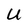
Character: U